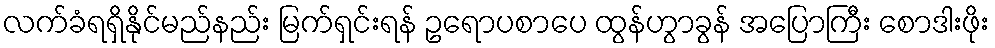
လက်ခံရရှိနိုင်မည်နည်း မြက်ရှင်းရန် ဥရောပစာပေ ထွန်ဟွာခွန် အပြောကြီး စောဒါးဖိုး